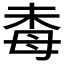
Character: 𱥛